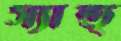
স্যান্ড্